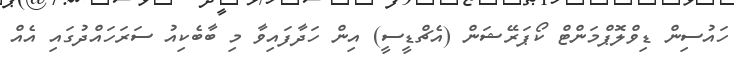
ހައުސިން ޑިވްލޮޕްމަންޓް ކޯޕަރޭޝަން (އެޗްޑީސީ) އިން ހަދާފައިވާ މި ބާބެކިއު ސަރަހައްދުގައި އެއް